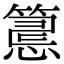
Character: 𥲅